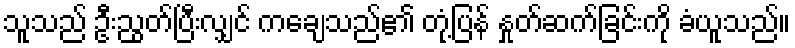
သူသည် ဦးညွတ်ပြီးလျှင် ကချေသည်၏ တုံ့ပြန် နှုတ်ဆက်ခြင်းကို ခံယူသည်။